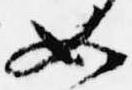
如